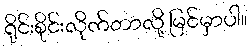
ရိုင်းစိုင်းလိုက်တာလို့ မြင်မှာပါ။